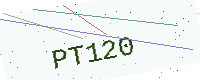
Text: PT120